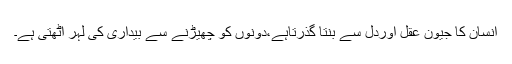
انسان کا جیون عقل اوردل سے بنتا گذرتاہے،دونوں کو چھیڑنے سے بیداری کی لہر اٹھتی ہے۔